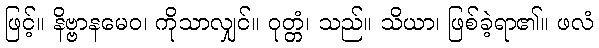
ဖြင့်။ နိဗ္ဗာနမေဝ၊ ကိုသာလျှင်။ ဝုတ္တံ၊ သည်။ သိယာ၊ ဖြစ်ခဲ့ရာ၏။ ဖလံ